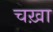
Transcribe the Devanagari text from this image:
चख़ा